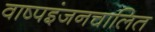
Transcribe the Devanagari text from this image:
वाष्पइंजनचालित